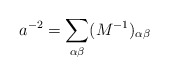
\begin{align*}a^{-2}=\sum_{\alpha\beta}(M^{-1})_{\alpha\beta}\end{align*}